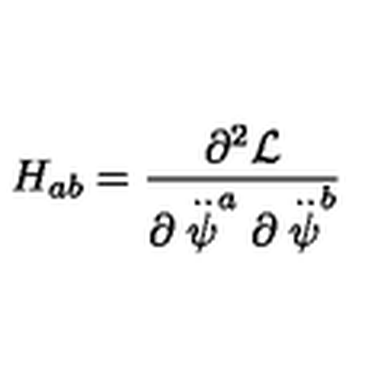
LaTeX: H _ { a b } = \frac { \partial ^ { 2 } { \cal L } } { \partial \stackrel { . . } { \psi } ^ { a } \partial \stackrel { . . } { \psi } ^ { b } }